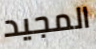
المجيد